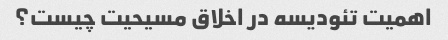
اهمیت تئودیسه در اخلاق مسیحیت چیست؟